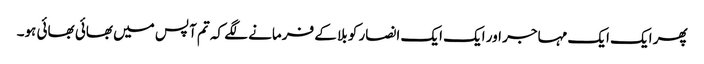
پھر ایک ایک مہاجر اور ایک ایک انصار کو بلا کے فرمانے لگے کہ تم آپس میں بھائی بھائی ہو۔